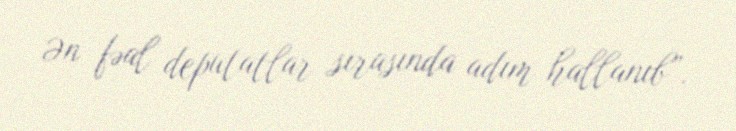
Ən fəal deputatlar sırasında adım hallanıb”.